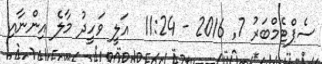
ސެޕްޓެމްބަރު 7